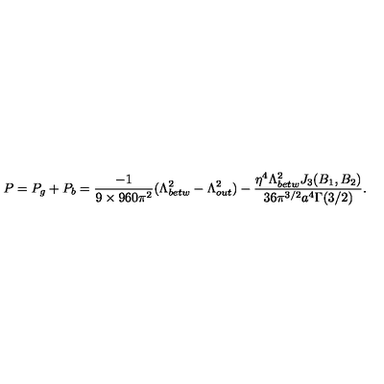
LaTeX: P = P _ { g } + P _ { b } = \frac { - 1 } { 9 \times 9 6 0 \pi ^ { 2 } } ( \Lambda _ { b e t w } ^ { 2 } - \Lambda _ { o u t } ^ { 2 } ) - \frac { \eta ^ { 4 } \Lambda _ { b e t w } ^ { 2 } J _ { 3 } ( B _ { 1 } , B _ { 2 } ) } { 3 6 \pi ^ { 3 / 2 } a ^ { 4 } \Gamma ( 3 / 2 ) } .